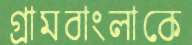
গ্রামবাংলাকে